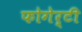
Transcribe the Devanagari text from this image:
फोगेर्टी